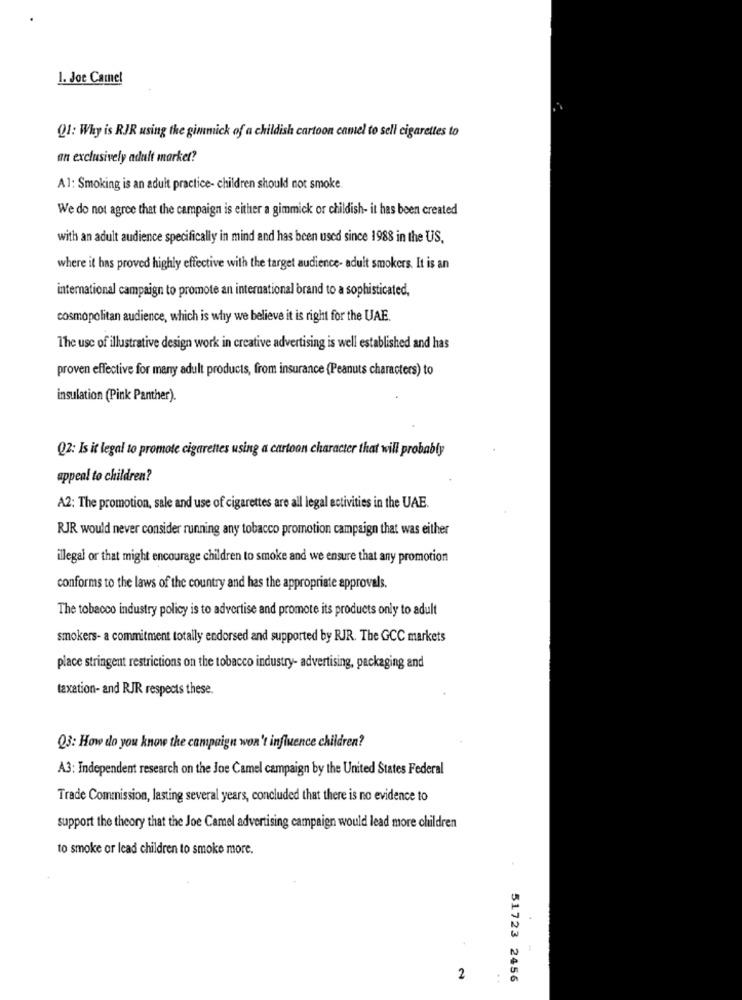
1. Joe Camel
Q1: Why is RJR using the gimmick of a childish cartoon camel to sell cigarettes to
an exclusively adult marker?
A1: Smoking is an adult practice- children should not smoke.
We do not agree that the campaign is either a gimmick or childish- it has been created
with an adult audience specifically in mind and has been used since 1988 in the US.
where it has proved highly effective with the target audience- adult smokers. It is an
international campaign to promote an international brand to a sophisticated,
cosmopolitan audience, which is why we believe it is right for the UAE.
The use of illustrative design work in creative advertising is well established and has
proven effective for many adult products, from insurance (Peanuts characters) to
insulation (Pink Panther).
Q2: Is it legal to promote cigarettes using a cartoon character that will probably
appeal to children?
A2: The promotion, sale and use of cigarettes are all legal activities in the UAE.
RJR would never consider running any tobacco promotion campaign that was either
illegal or that might encourage children to smoke and we ensure that any promotion
conforms to the laws of the country and has the appropriate approvals.
The tobacco industry policy is to advertise and promote its products only to adult
smokers- a commitment totally endorsed and supported by RJR. The GCC markets
place stringent restrictions on the tobacco industry- advertising, packaging and
taxation- and RJR respects these.
Q3: How do you know the campaign won't influence children?
A3: Independent research on the Joe Camel campaign by the United States Federal
Trade Commission, lasting several years, concluded that there is no evidence to
support the theory that the Joe Camel advertising campaign would lead more children
to smoke or lead children to smoke more.
1
2
51723 2456